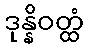
ဒုန္နိဝတ္ထံ